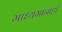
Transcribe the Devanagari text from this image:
माध्यमानाही